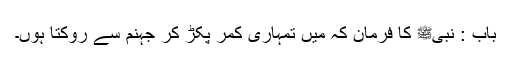
باب : نبیﷺ کا فرمان کہ میں تمہاری کمر پکڑ کر جہنم سے روکتا ہوں۔